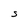
Character: S